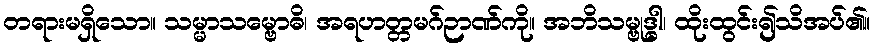
တရားမရှိသော။ သမ္မာသမ္ဗောဓိ၊ အရဟတ္တမဂ်ဉာဏ်ကို။ အဘိသမ္ဗုဒ္ဓါ၊ ထိုးထွင်း၍သိအပ်၏။